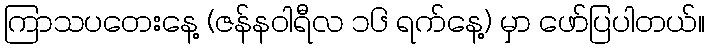
ကြာသပတေးနေ့ (ဇန်နဝါရီလ ၁၆ ရက်နေ့) မှာ ဖော်ပြပါတယ်။